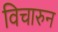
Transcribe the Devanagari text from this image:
विचारुन